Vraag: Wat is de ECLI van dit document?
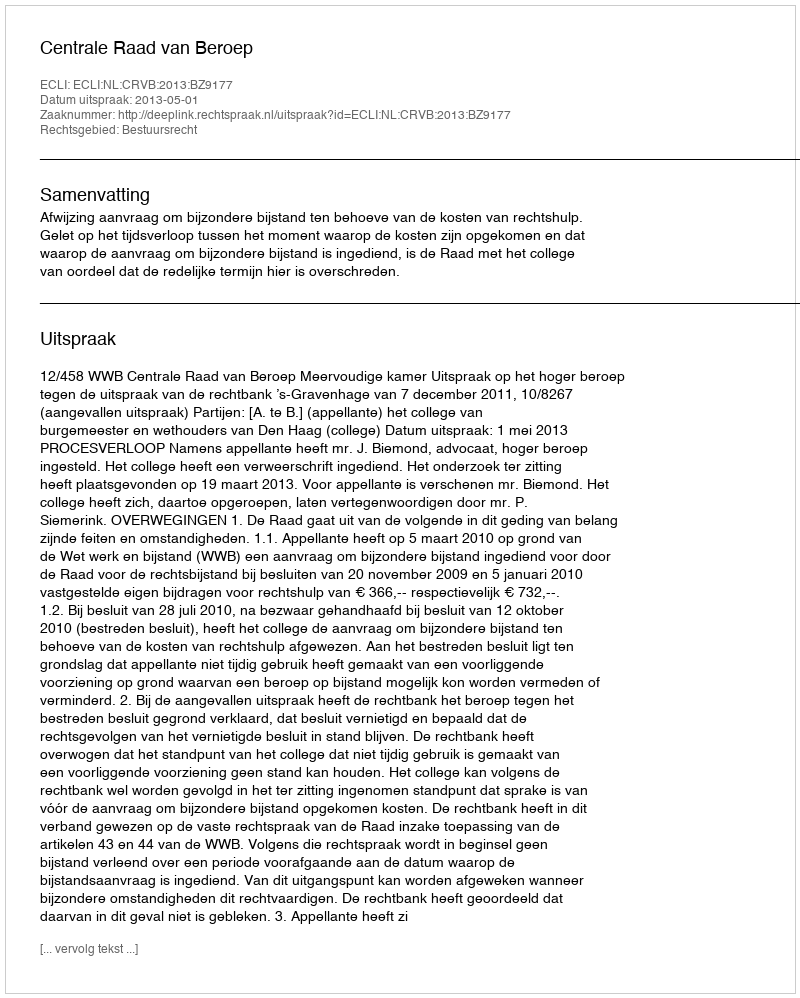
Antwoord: ECLI:NL:CRVB:2013:BZ9177